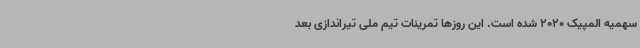
سهمیه المپیک 2020 شده است. این روزها تمرینات تیم ملی تیراندازی بعد